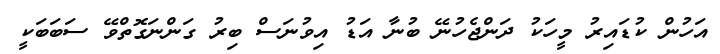
އަހުން ކުޑައިރު މީހަކު ދަންޖެހުނޭ ބުނާ އަޑު އިވުނަސް ބިރު ގަންނަގޮތްވޭ ސަބަބަކީ